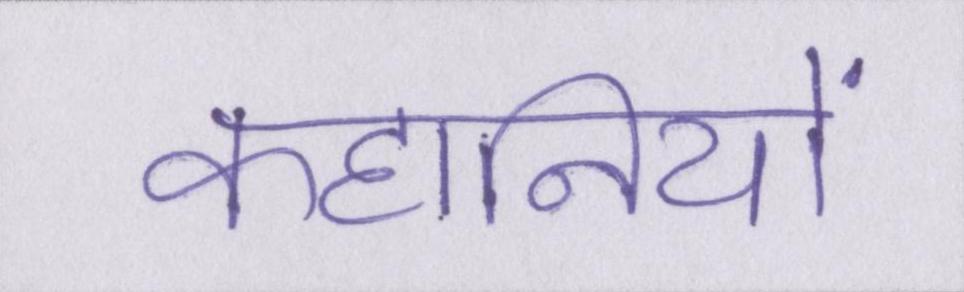
कहानियों